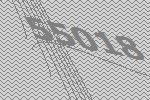
55018